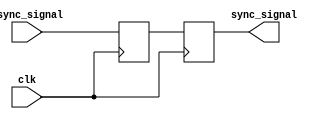
module dual_ff_synchronizer (
    input wire clk,          // Clock input for the destination clock domain
    input wire async_signal, // Asynchronous input signal to be synchronized
    output reg sync_signal   // Synchronized output signal
);

    // Internal signals for the first flip-flop
    reg ff1_out;

    // First flip-flop: samples the asynchronous signal
    always @(posedge clk) begin
        ff1_out <= async_signal; // Capture the asynchronous signal
    end

    // Second flip-flop: samples the output of the first flip-flop
    always @(posedge clk) begin
        sync_signal <= ff1_out; // Capture the output of the first flip-flop
    end

endmodule